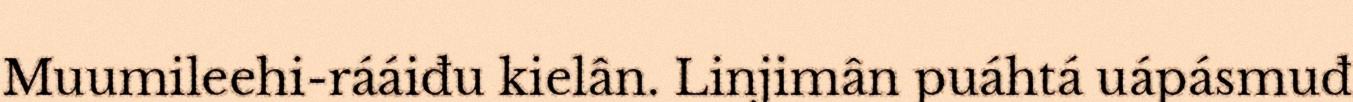
Muumileehi-rááiđu kielân. Linjimân puáhtá uápásmuđ